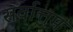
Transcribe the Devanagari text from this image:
सर्वात्तम